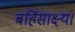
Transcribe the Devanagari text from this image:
बर्हिसाक्ष्य।